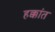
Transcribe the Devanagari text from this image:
हक्कांत